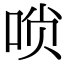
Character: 唢